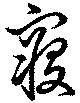
寝